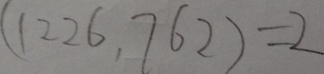
( 1 2 2 6 . 7 6 2 ) = 2